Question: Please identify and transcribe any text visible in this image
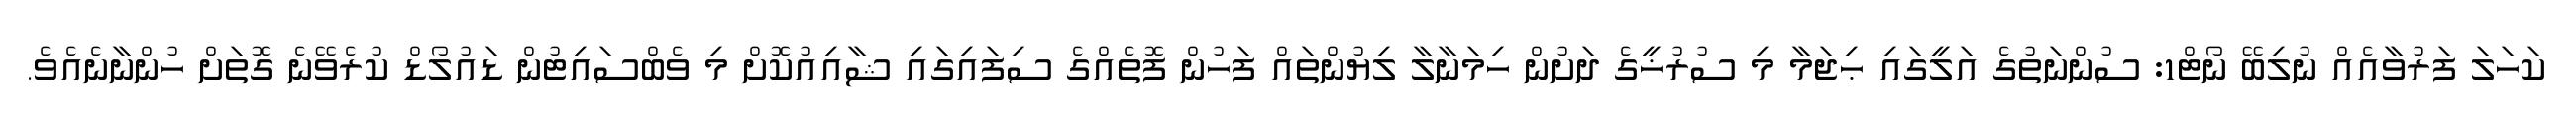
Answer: ކަހަލަ ފަރުވާއެއް ނުލިބޭ ނޯޓް1: ސުންނަތުގެ އަލީގައި ޙިޖަމާ މި ސުރުޚީގެ ދަށުން ހިމަނާލާ ލިޔުންތައް ފަހުން ފޮތެއްގެ ސިފައިގައި ޝާއިއުކޮށް މި ވެބްސައިޓުން ޑައުލޯޑް ކުރެވޭނެ ގޮތަށް ހުންނާނެއެވެ.